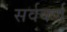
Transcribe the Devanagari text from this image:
सर्ववर्ण